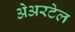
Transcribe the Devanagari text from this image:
अेअरटेल